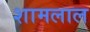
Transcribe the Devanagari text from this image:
शामलाल